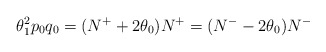
\begin{align*}\theta_1^2p_0q_0=(N^++2\theta_0)N^+=(N^--2\theta_0)N^-\end{align*}